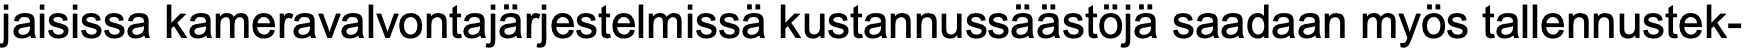
jaisissa kameravalvontajärjestelmissä kustannussäästöjä saadaan myös tallennustek-